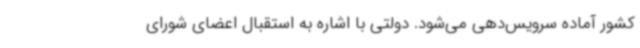
کشور آماده سرویس‌دهی می‌شود. دولتی با اشاره به استقبال اعضای شورای